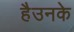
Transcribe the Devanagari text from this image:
हैउनके